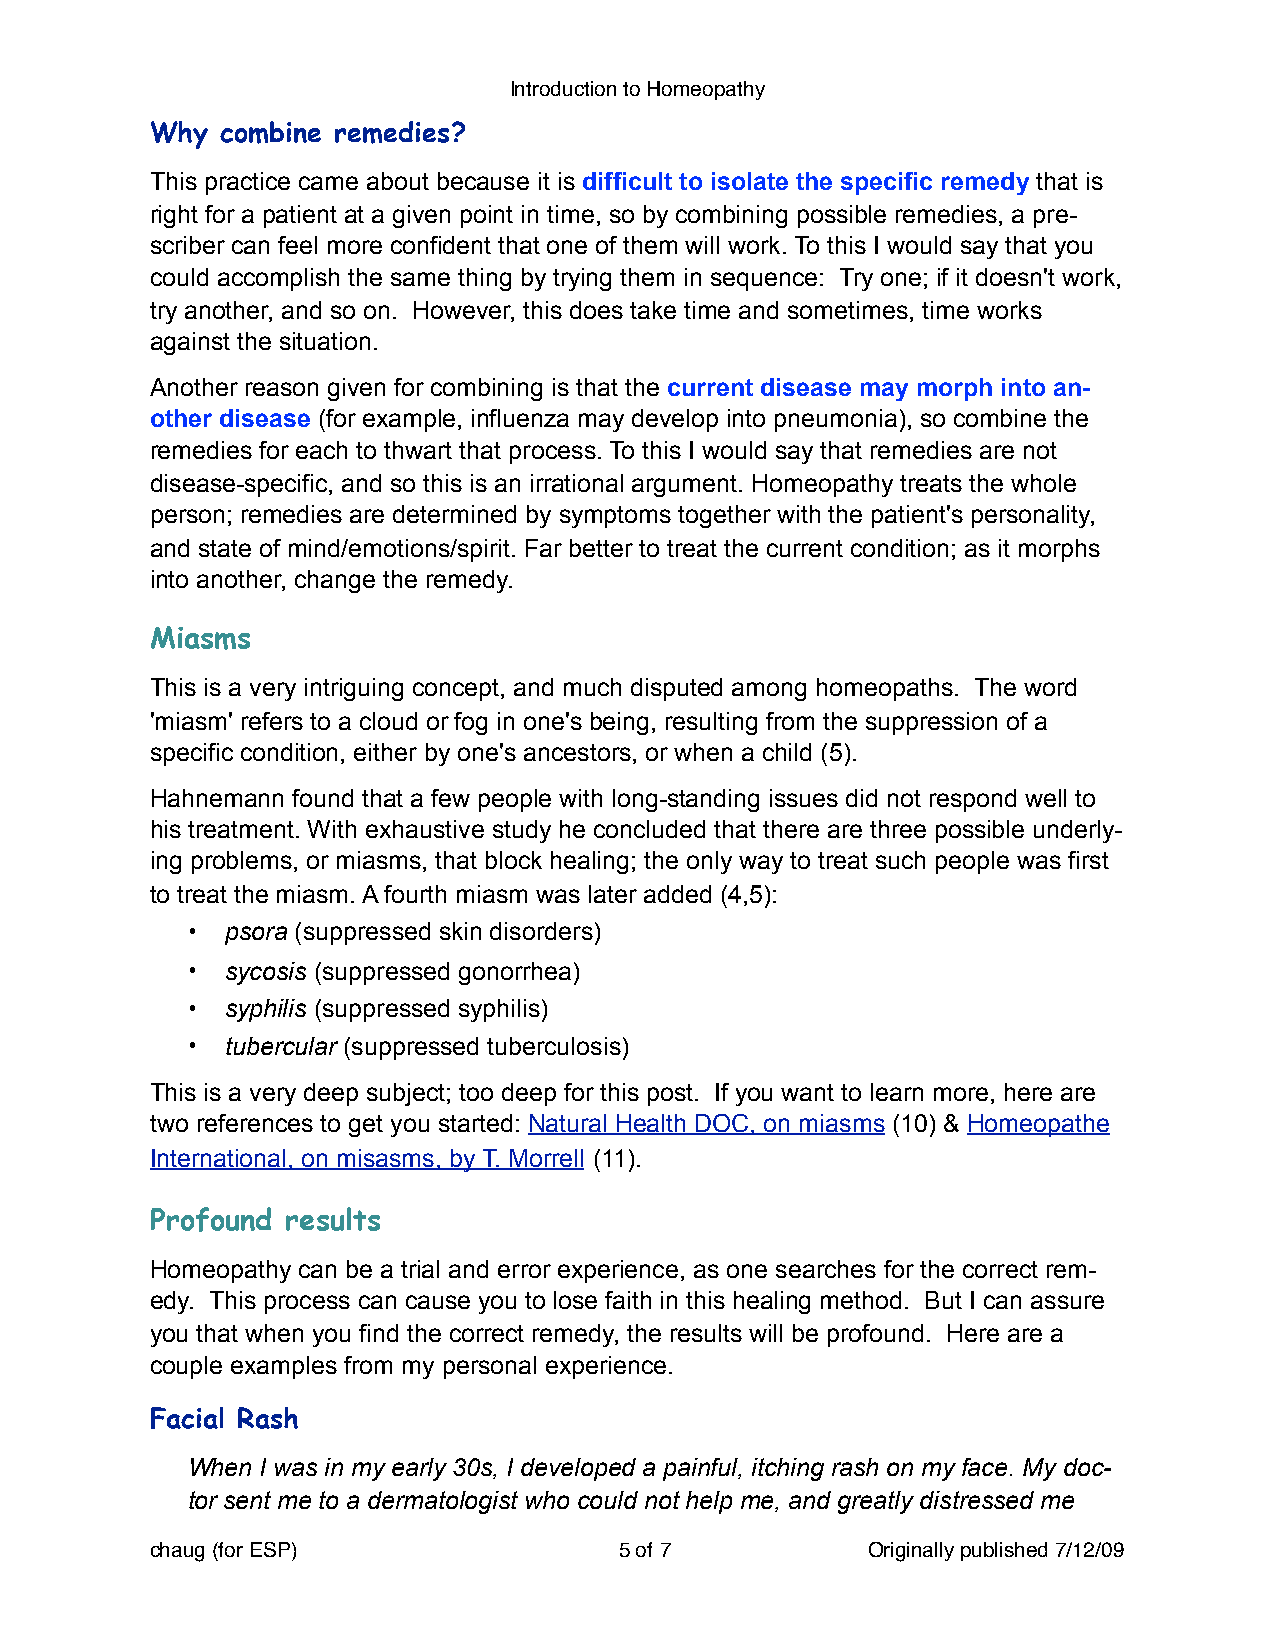
Introduction to Homeopathy
 Why  combine remedies?
 This practice came about because it is difficult to isolate the specific remedy that is
 right for a patient at a given point in time, so by combining possible remedies, a pre-
 scriber can feel more confident that one of them will work. To this I would say that you
 could accomplish the same thing by trying them in sequence: Try one; if it doesn't work,
 try another, and so on. However, this does take time and sometimes, time works
 against the situation.
 Another reason given for combining is that the current disease may morph into an-
 other disease (for example, influenza may develop into pneumonia), so combine the
 remedies for each to thwart that process. To this I would say that remedies are not
 disease-specific, and so this is an irrational argument. Homeopathy treats the whole
 person; remedies are determined by symptoms together with the patient's personality,
 and state of mind/emotions/spirit. Far better to treat the current condition; as it morphs
 into another, change the remedy.
 Miasms
 This is a very intriguing concept, and much disputed among homeopaths. The word
 'miasm' refers to a cloud or fog in one's being, resulting from the suppression of a
 specific condition, either by one's ancestors, or when a child (5).
 Hahnemann found that a few people with long-standing issues did not respond well to
 his treatment. With exhaustive study he concluded that there are three possible underly-
 ing problems, or miasms, that block healing; the only way to treat such people was first
 to treat the miasm. A fourth miasm was later added (4,5):
 •  psora (suppressed skin disorders)
 •  sycosis (suppressed gonorrhea)
 •  syphilis (suppressed syphilis)
 •  tubercular (suppressed tuberculosis)
 This is a very deep subject; too deep for this post. If you want to learn more, here are
 two references to get you started: Natural Health DOC, on miasms (10) & Homeopathe
 International, on misasms, by T. Morrell (11).
 Profound results
 Homeopathy can be a trial and error experience, as one searches for the correct rem-
 edy. This process can cause you to lose faith in this healing method. But I can assure
 you that when you find the correct remedy, the results will be profound. Here are a
 couple examples from my personal experience.
 Facial Rash
 When I was in my early 30s, I developed a painful, itching rash on my face. My doc-
 tor sent me to a dermatologist who could not help me, and greatly distressed me
 chaug (for ESP)!               5 of 7!         Originally published 7/12/09